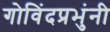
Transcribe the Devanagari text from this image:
गोविंदप्रभुंनी